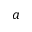
a